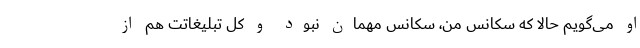
او می‌گویم حالا که سکانس من، سکانس مهمان نبود و کل تبلیغاتت هم از